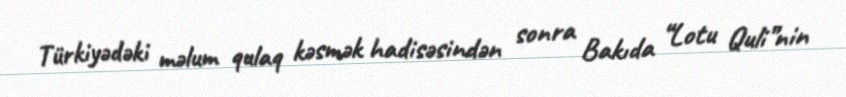
Türkiyədəki məlum qulaq kəsmək hadisəsindən sonra Bakıda “Lotu Quli”nin